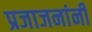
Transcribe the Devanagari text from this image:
प्रजाजनांनी